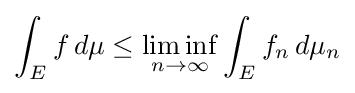
\int _{E}f\,d\mu \leq \liminf _{n\to \infty }\int _{E}f_{n}\,d\mu _{n}